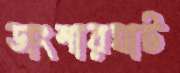
ডাংশারঘাট